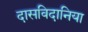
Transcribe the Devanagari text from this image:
दासविदानिया